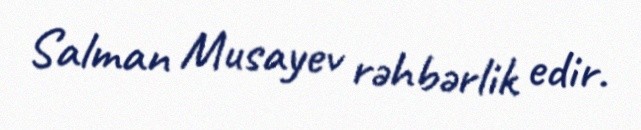
Salman Musayev rəhbərlik edir.